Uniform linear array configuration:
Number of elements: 12
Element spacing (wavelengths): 0.25
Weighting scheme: binomial
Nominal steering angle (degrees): -15
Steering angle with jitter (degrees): -14.562
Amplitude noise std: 0.05
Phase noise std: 0.05

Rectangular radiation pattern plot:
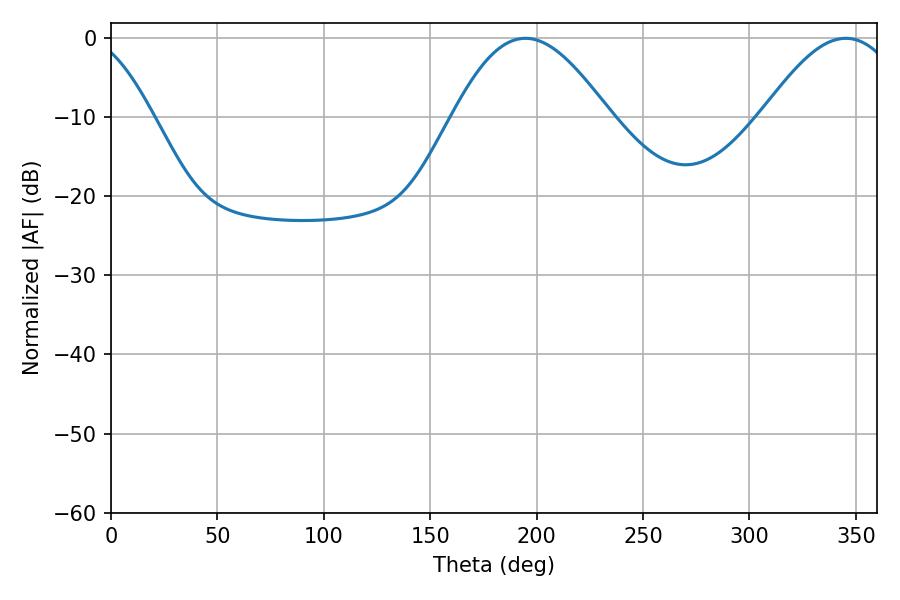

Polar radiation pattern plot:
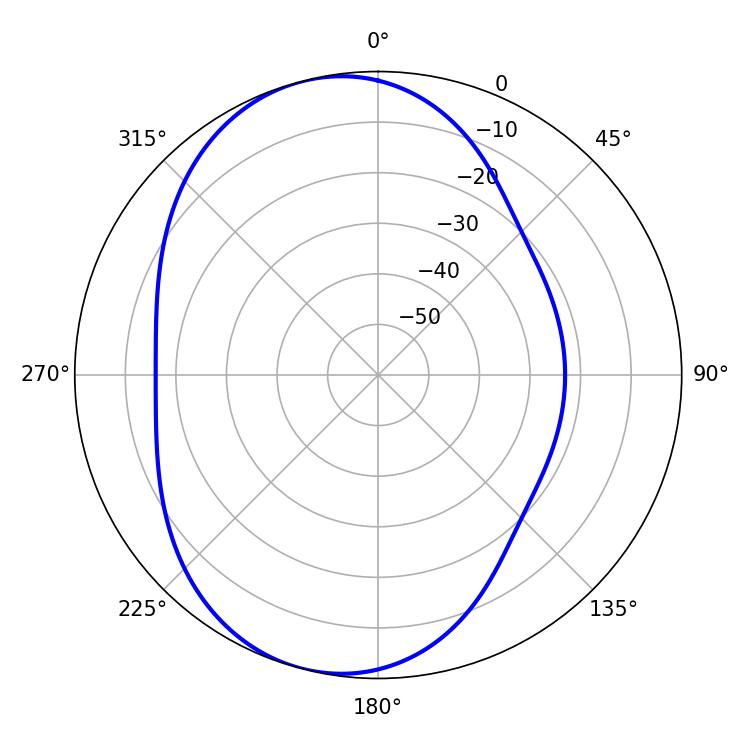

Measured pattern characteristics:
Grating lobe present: FALSE
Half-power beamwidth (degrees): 39.42
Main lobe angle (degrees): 194.76